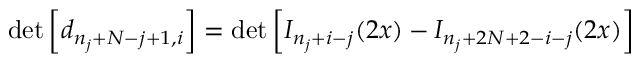
\operatorname * { d e t } \left[ d _ { n _ { j } + N - j + 1 , i } \right] = \operatorname * { d e t } \left[ I _ { n _ { j } + i - j } ( 2 x ) - I _ { n _ { j } + 2 N + 2 - i - j } ( 2 x ) \right]